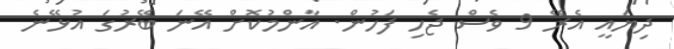
ދިޔައީ އެރޭ 9 ވެސް ޖެހި ފަހުން. އާންމުކޮށް އޭނަ ބޭރުގަ އުޅޭނެ